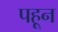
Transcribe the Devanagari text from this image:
पहून